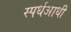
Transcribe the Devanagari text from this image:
स्पर्धआधी